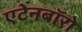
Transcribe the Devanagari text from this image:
एटेनबॉरो